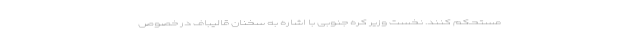
مستحکم کنند. نخست وزیر کره جنوبی با اشاره به سخنان قالیباف در خصوص